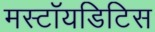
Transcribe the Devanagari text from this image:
मस्टॉयडिटिस